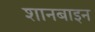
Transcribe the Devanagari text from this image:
शानबाइन